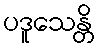
ပဒူသေန္တိ